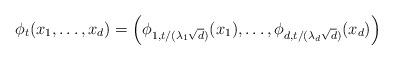
LaTeX: \begin{align*} \phi_t(x_1,\dotsc, x_d) = \left( \phi_{1,t/(\lambda_1\sqrt{d})}(x_1), \dotsc, \phi_{d,t/(\lambda_d\sqrt{d})}(x_d) \right)\end{align*}